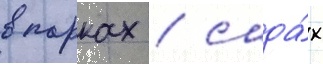
в парках / сада́х